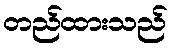
တည်ထားသည်